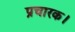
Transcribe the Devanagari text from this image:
प्रचारक।